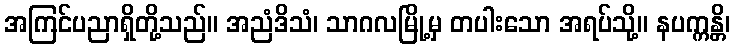
အကြင်ပညာရှိတို့သည်။ အညံဒိသံ၊ သာဂလမြို့မှ တပါးသော အရပ်သို့။ နပက္ကန္တိ၊